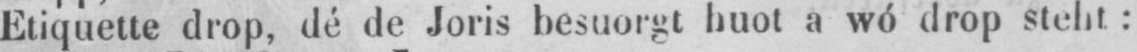
Etiquette drop, dé de Joris besuorgt huot a wó drop steht: